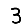
Digit: 3